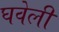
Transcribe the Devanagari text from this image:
घवेली